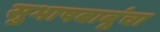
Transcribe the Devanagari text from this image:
सुभाषबाबूंचा